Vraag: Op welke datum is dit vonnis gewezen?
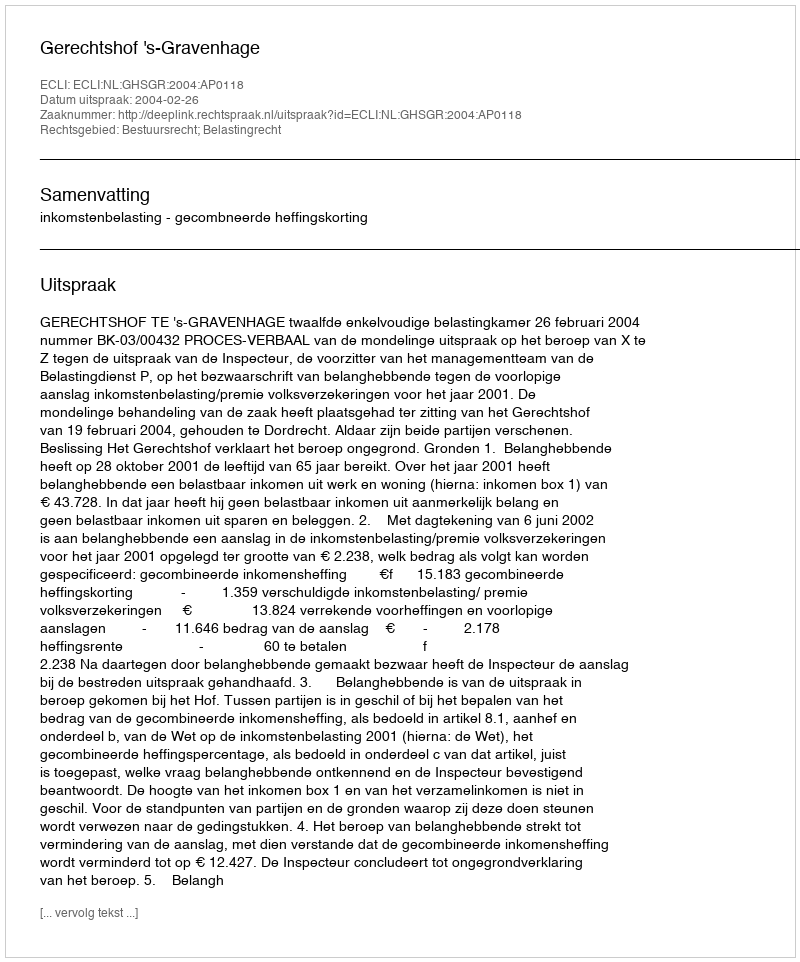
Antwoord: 2004-02-26